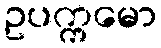
ဥပက္ကမော